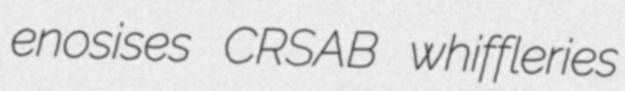
enosises CRSAB whiffleries